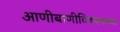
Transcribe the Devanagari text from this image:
आणीबाणीविषयकच्या